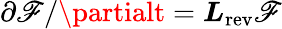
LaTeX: \partial\mathscr{F}/\partialt=\boldsymbol{L}_{\mathrm{{rev}}}\mathscr{F}